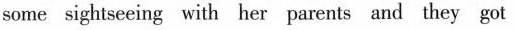
some sightseeing with her parents and they got